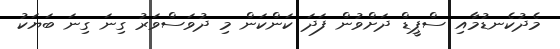
މެދުކެނޑުމާއި ސްޕީޑް ދަށްވުން ފަދަ ކަންކަން މި ދުވަސްވަރު ގިނަ ގިނަ ބަޔަކު